Annual report on the working of the lock hospitals in the Central Provinces
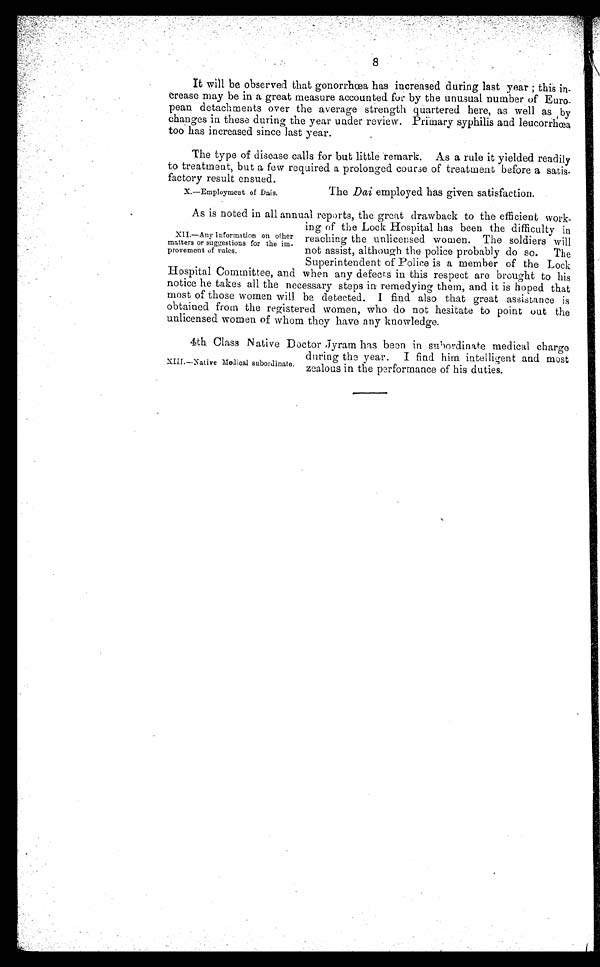
8
It will be observed that gonorrhœa has increased during last year ; this in-
crease may be in a great measure accounted fur by the unusual number of Euro-
pean detachments over the average strength quartered here, as well as by
changes in these during the year under review. Primary syphilis and leucorrhœa
too has increased since last year.
The type of disease calls for but little remark. As a rule it yielded readily
to treatment, but a few required a prolonged course of treatment before a satis-
factory result ensued.
X.—Employment of Dais.
The Dai employed has given satisfaction.
As is noted in all annual reports, the great drawback to the efficient work-
ing of the Lock Hospital has been the difficulty in
reaching the unlicensed women. The soldiers will
not assist, although the police probably do so. The
Superintendent of Police is a member of the Lock.
Hospital Committee, and when any defects in this respect are brought to his
notice he takes all the necessary steps in remedying them, and it is hoped that
most of those women will be detected. I find also that great assistance is
obtained from the registered women, who do not hesitate to point out the
unlicensed women of whom they have any knowledge.
4th Class Native Doctor Jyram has been in subordinate medical charge
during the year. I find him intelligent and most
XIII.—Native Medical subordinate. zealous in the performance of his duties.
XII.—Any information on other
matters or suggestions for the im-
provement of rules.